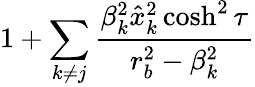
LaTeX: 1+\sum_{k\ne j}{\frac{\beta_{k}^{2}\hat{x}_{k}^{2}\cosh^{2}\tau}{r_{b}^{2}-\beta_{k}^{2}}}